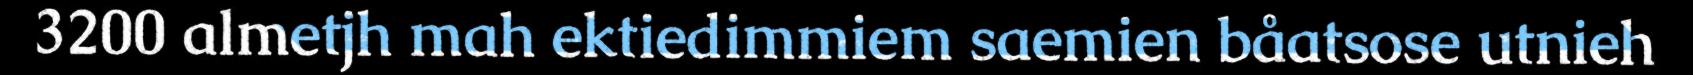
3200 almetjh mah ektiedimmiem saemien båatsose utnieh